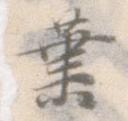
業